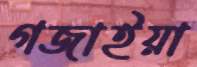
গজাইয়া